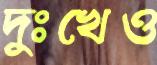
দুঃখেও